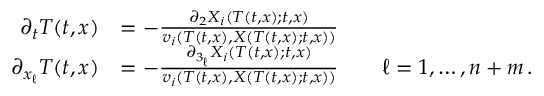
\begin{array} { r l } { \partial _ { t } T ( t , x ) } & { = - \frac { \partial _ { 2 } X _ { i } ( T ( t , x ) ; t , x ) } { v _ { i } \left( T ( t , x ) , X ( T ( t , x ) ; t , x ) \right) } } \\ { \partial _ { x _ { \ell } } T ( t , x ) } & { = - \frac { \partial _ { 3 _ { \ell } } X _ { i } \left( T ( t , x ) ; t , x \right) } { v _ { i } \left( T ( t , x ) , X \left( T ( t , x ) ; t , x \right) \right) } \qquad \ell = 1 , \ldots , n + m \, . } \end{array}